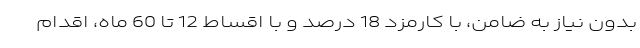
بدون نیاز به ضامن، با کارمزد 18 درصد و با اقساط 12 تا 60 ماه، اقدام